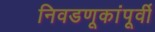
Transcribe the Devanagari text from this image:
निवडणूकांपूर्वी